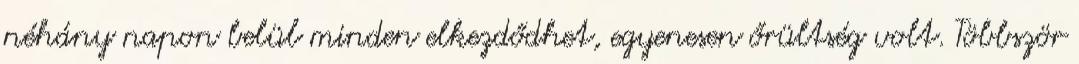
néhány napon belül minden elkezdődhet, egyenesen őrültség volt. Többször